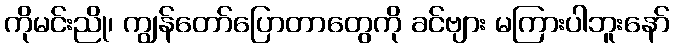
ကိုမင်းညို၊ ကျွန်တော်ပြောတာတွေကို ခင်ဗျား မကြားပါဘူးနော်